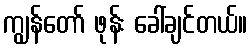
ကျွန်တော် ဖုန်း ခေါ်ချင်တယ်။